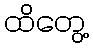
ထိတွေ့